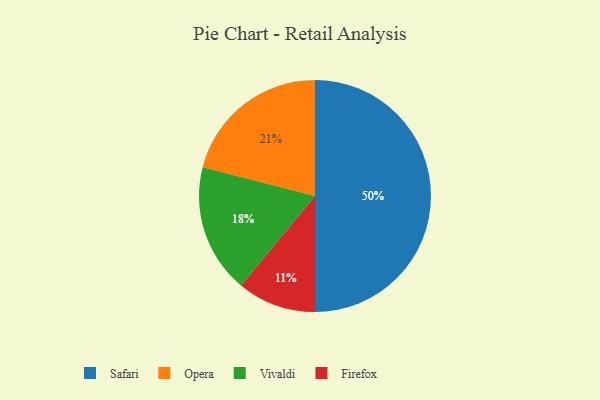
{"axis": {"x": "Category", "y": "Percentage"}, "legend": ["Firefox", "Opera", "Safari", "Vivaldi"], "data": [{"x": "Safari", "y": 50, "type": "Safari"}, {"x": "Firefox", "y": 11, "type": "Firefox"}, {"x": "Opera", "y": 21, "type": "Opera"}, {"x": "Vivaldi", "y": 18, "type": "Vivaldi"}]}